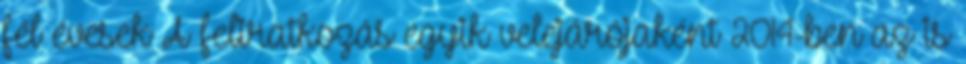
fél évesek A feliratkozás egyik velejárójaként 2014-ben az is